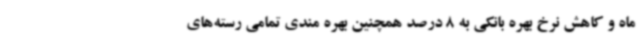
ماه و کاهش نرخ بهره بانکی به 8 درصد همچنین بهره مندی تمامی رسته‌های